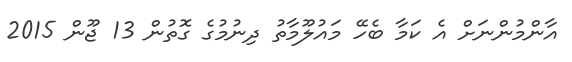
އާންމުންނަށް އެ ކަމާ ބެހޭ މައުލޫމާތު ދިނުމުގެ ގޮތުން 13 ޖޫން 2015